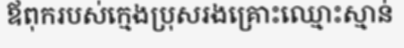
ឪពុករបស់ក្មេងប្រុសរងគ្រោះឈ្មោះស្មាន់